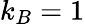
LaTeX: k_{B}=1